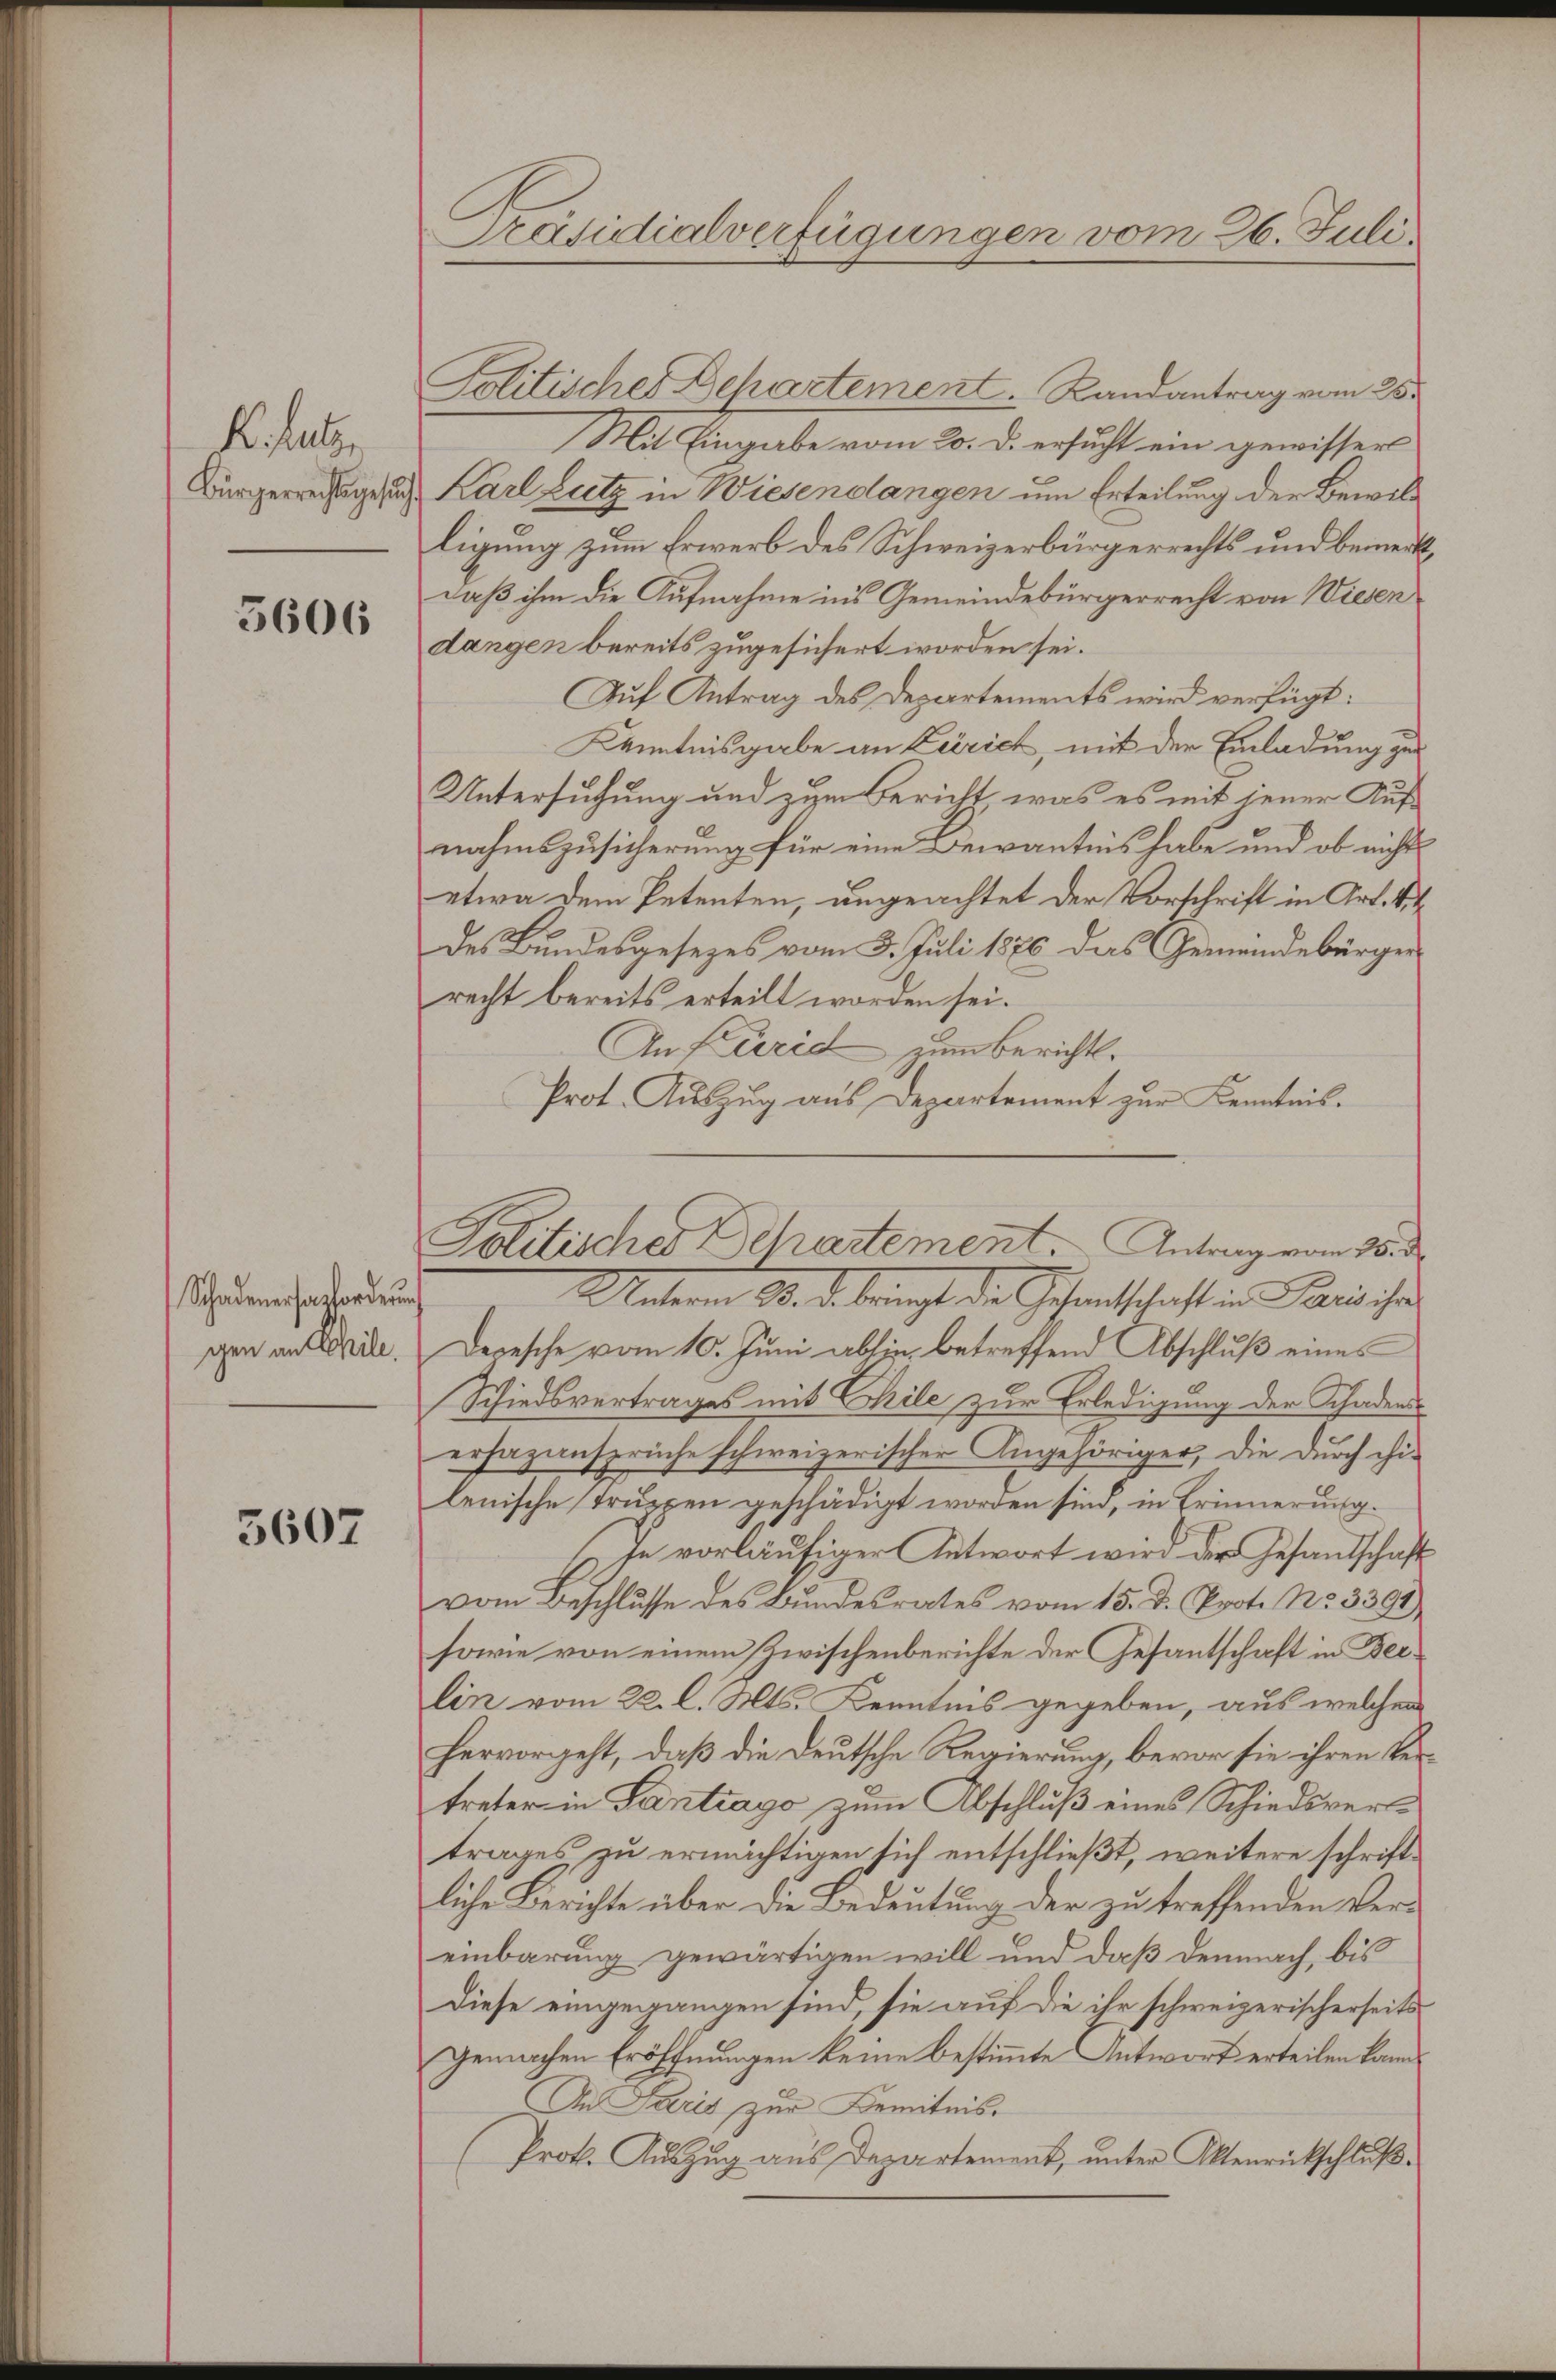
K. Huber
Bürgerrechtsgesu

5606

Schadenerharforderung
gen an theile.

3607

Präsidialverfügungen vom 26. Juli

Politischer Behartement. Randantrag vom 25.
Mit Eingabe vom 20. d. ersucht ein gewisser
Karl Lutz in Wiesendangen um Erteilung der Bewilligung zum Erwerb des Schweizerbürgerrechts und bemerkdaß ihm die Aufnahme in’s Gemeindebürgerrecht von Wiesen
dangen bereits zugesichert worden sei.
Auf Antrag des Departements wird verfügt:
Kenntnisgabe an Zürich, mit der Einladung zu¬
Untersuchung und zum Bericht, was es mit jener Aufnahmszusicherung für eine Bewantnis habe und ob nicht
etwa dem Petenten, ungeachtet der Vorschrift in Art. Si
des Bundesgesezes vom 3. Juli 1876 das Gemeindebürger
recht bereits erteilt worden sei.
An Frid zum Berichts¬
Prot. Auszug aus Departement zur Kenntnis.
Unterm 30. d. bringt, die Gesandtschaft in Paris ihre
Depesche vom 10. Juni abhin betreffend Abschluß eines
Schiedsvertrages mit Chile zur Erledigung der Schadenserhazansprüche schweizerischer Angehöriger, die durchchi-
lenische Truppen geschädigt worden sind, in Erinnerung.
je vorläufiger Antwort wird der Gesandschaft
vom Beschlüsse des Bŭndesrates vom 15. d. Prot. No. 3391)
sowie von einem Zwischenberichte der Gesantschaft in Beilin vom 22. l. Mts. Kenntnis gegeben, aus welcher
hervorgeht, daß die Deutsche Regierung, bevor sie ihren keitreter in Gantrago zum Abschluß eines Schiedsvertrages zu ermächtigen sich entschließt, weitere schriftliche Berichte über die Bedeutung der zu treffenden Ver-
einbarung gewärtigen will und daß demnach, bis
Diese eingegangen sind, sie auf die ihr schweizerischerseits
gemachen Eröffnungen keine bestimmte Antwort erteilen kann
An Paris zur Bemitnis-
(Prok. Auszug aus Departement, unter Altenrückschluß¬

Politisches Departement. Antrag vom 18. d.